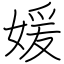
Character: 媛